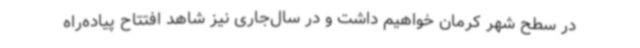
در سطح شهر کرمان خواهیم داشت و در سال‌جاری نیز شاهد افتتاح پیاده‌راه